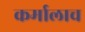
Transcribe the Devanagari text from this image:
कर्मालाच